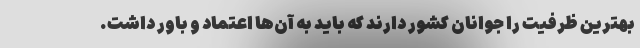
بهترین ظرفیت را جوانان کشور دارند که باید به آن‌ها اعتماد و باور داشت.